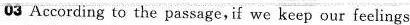
03 According to the passage,if we keep our feelings